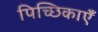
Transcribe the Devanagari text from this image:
पिच्छिकाएँ